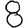
Digit: 8